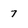
Character: 7